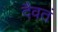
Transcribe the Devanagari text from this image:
दैवतं